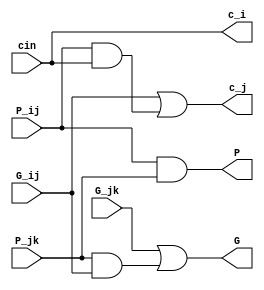
module bblock(
    input P_ij, G_ij, P_jk, G_jk, cin,
    output P, G, c_i, c_j
    );
    
    assign G = G_jk | (P_jk & G_ij);
    assign P = P_ij & P_jk;
    assign c_j = G_ij | (P_ij & cin);
    assign c_i = cin;
    
endmodule